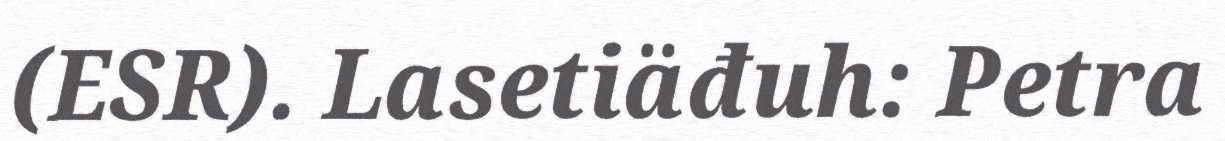
(ESR). Lasetiäđuh: Petra